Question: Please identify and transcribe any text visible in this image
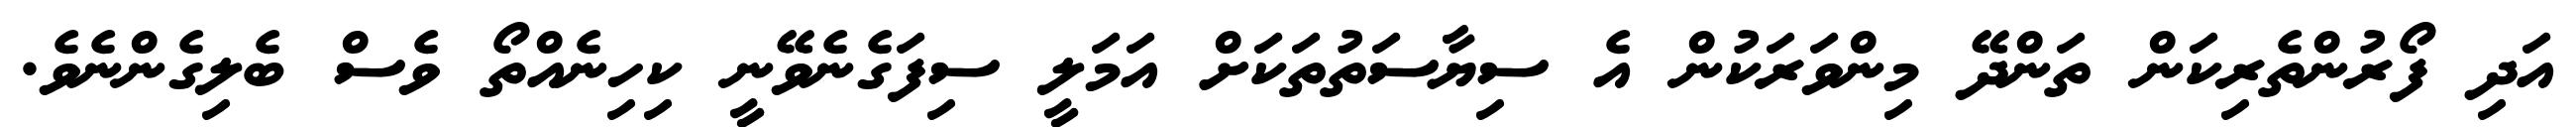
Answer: އަދި ފޯރުންތެރިކަން ތަންދޭ މިންވަރަކުން އެ ސިޔާސަތުތަކަށް އަމަލީ ސިފަގެނެވޭނީ ކިހިނެއްތޯ ވެސް ބެލިގެންނެވެ.